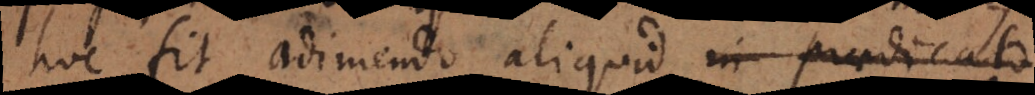
hoc fit adimendo aliquid in praedicato